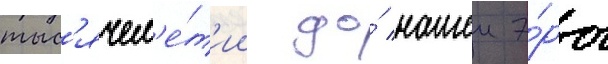
тыс'ячел'е́т'ии до́ нашеи э́ры